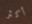
أكثر